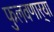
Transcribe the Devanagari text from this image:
फुलवणार्‍या